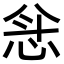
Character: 𫺅